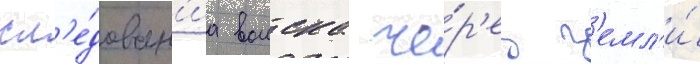
сл'е́дован'иа воиска че́р'ез з'емл'и́